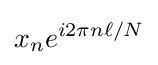
x_{n}e^{i2\pi n\ell /N}